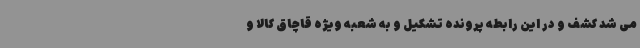
می شد کشف و در این رابطه پرونده تشکیل و به شعبه ویژه قاچاق کالا و